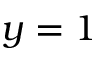
y = 1